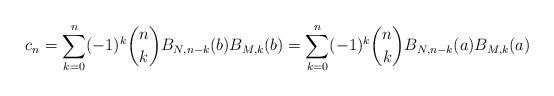
\begin{align*} c_n=\sum_{k=0}^n (-1)^k \binom{n}{k} B_{N,n-k}(b)B_{M,k}(b) = \sum_{k=0}^n (-1)^k \binom{n}{k} B_{N,n-k}(a)B_{M,k}(a) \end{align*}